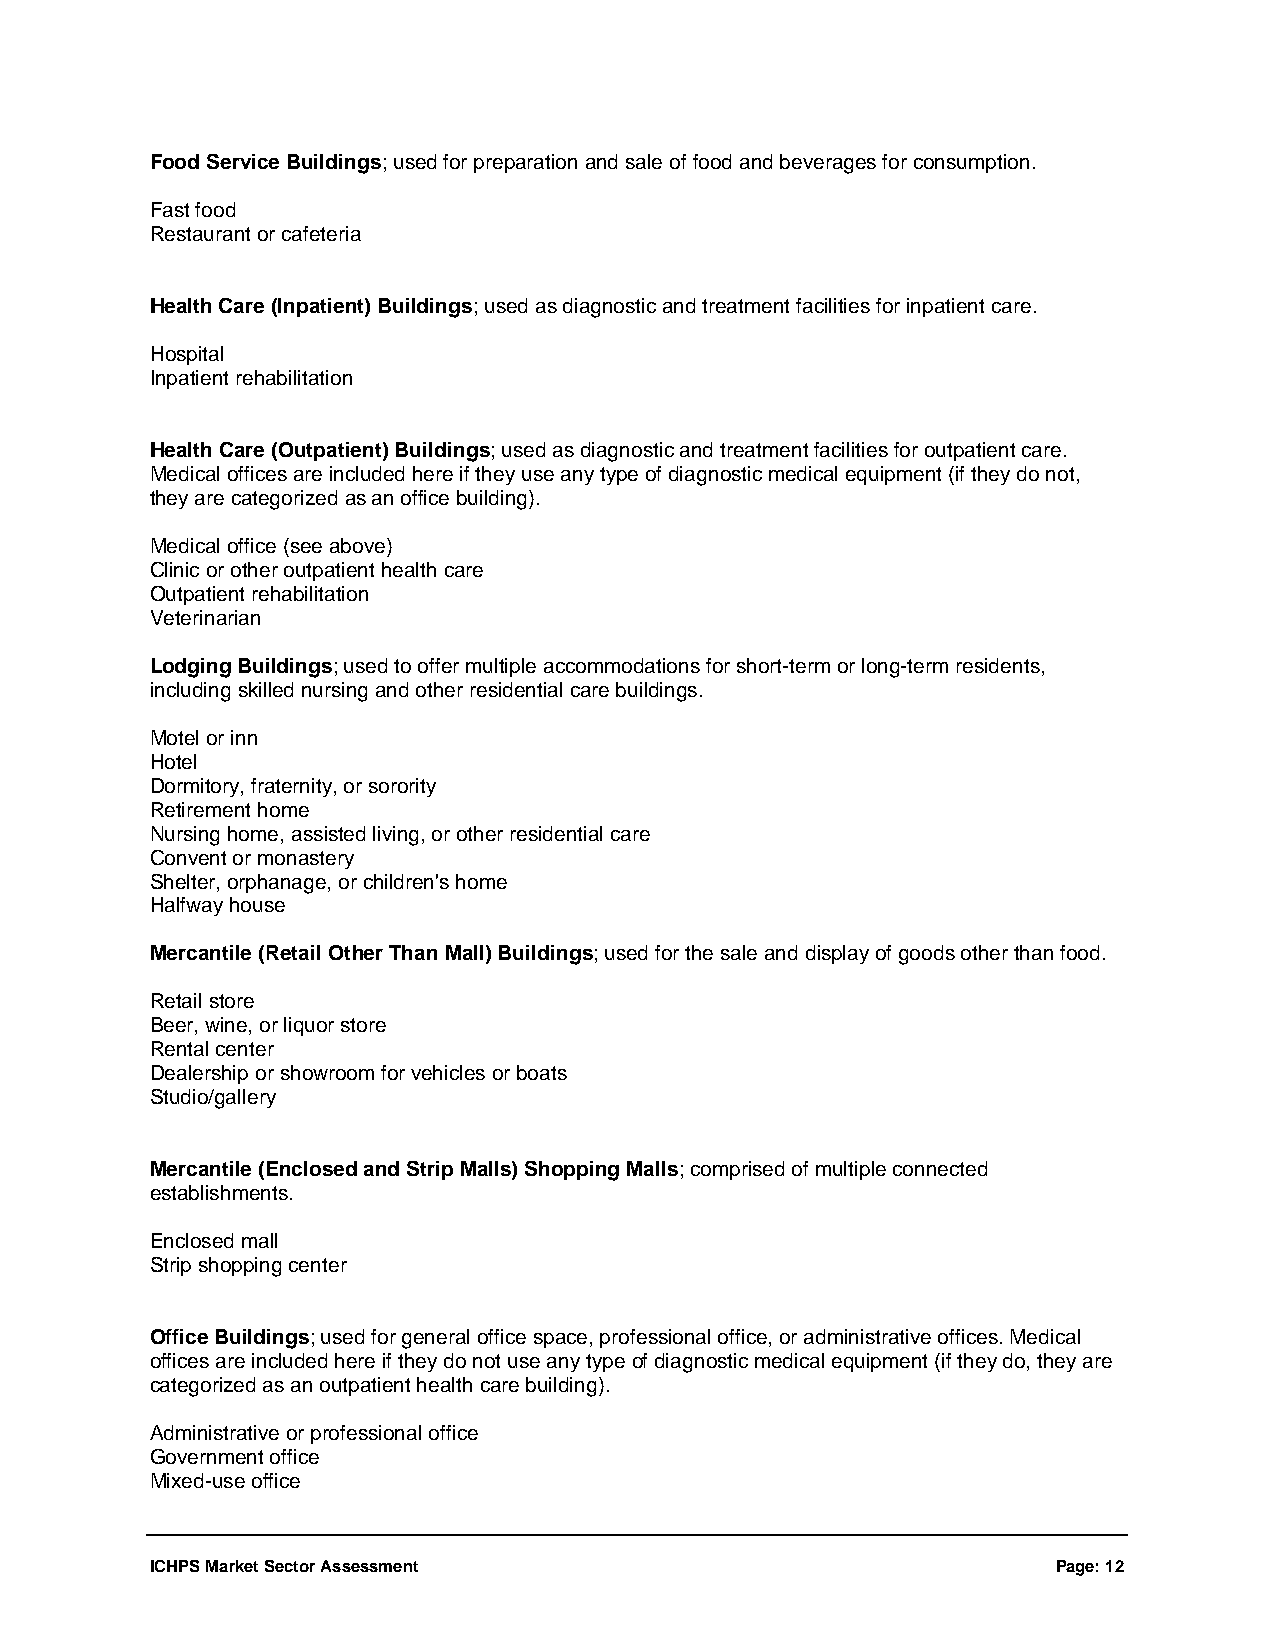
Food Service Buildings; used for preparation and sale of food and beverages for consumption.
 Fast food
 Restaurant or cafeteria
 Health Care (Inpatient) Buildings; used as diagnostic and treatment facilities for inpatient care.
 Hospital
 Inpatient rehabilitation
 Health Care (Outpatient) Buildings; used as diagnostic and treatment facilities for outpatient care.
 Medical offices are included here if they use any type of diagnostic medical equipment (if they do not,
 they are categorized as an office building).
 Medical office (see above)
 Clinic or other outpatient health care
 Outpatient rehabilitation
 Veterinarian
 Lodging Buildings; used to offer multiple accommodations for short-term or long-term residents,
 including skilled nursing and other residential care buildings.
 Motel or inn
 Hotel
 Dormitory, fraternity, or sorority
 Retirement home
 Nursing home, assisted living, or other residential care
 Convent or monastery
 Shelter, orphanage, or children's home
 Halfway house
 Mercantile (Retail Other Than Mall) Buildings; used for the sale and display of goods other than food.
 Retail store
 Beer, wine, or liquor store
 Rental center
 Dealership or showroom for vehicles or boats
 Studio/gallery
 Mercantile (Enclosed and Strip Malls) Shopping Malls; comprised of multiple connected
 establishments.
 Enclosed mall
 Strip shopping center
 Office Buildings; used for general office space, professional office, or administrative offices. Medical
 offices are included here if they do not use any type of diagnostic medical equipment (if they do, they are
 categorized as an outpatient health care building).
 Administrative or professional office
 Government office
 Mixed-use office
 ICHPS Market Sector Assessment                              Page: 12